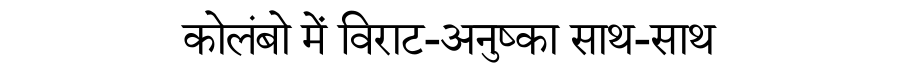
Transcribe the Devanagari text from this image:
कोलंबो में विराट-अनुष्का साथ-साथ